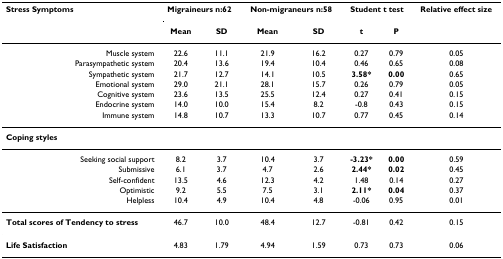
<table><thead><tr><td><b>Stress Symptoms</b></td><td colspan="2"><b>Migraineurs n:62</b></td><td colspan="2"><b>Non-migraneurs n:58</b></td><td colspan="2"><b>Student t test</b></td><td><b>Relative effect size</b></td></tr><tr><td></td><td><b>Mean</b></td><td><b>SD</b></td><td><b>Mean</b></td><td><b>SD</b></td><td><b>t</b></td><td><b>P</b></td><td></td></tr></thead><tbody><tr><td>Muscle system</td><td>22.6</td><td>11.1</td><td>21.9</td><td>16.2</td><td>0.27</td><td>0.79</td><td>0.05</td></tr><tr><td>Parasympathetic system</td><td>20.4</td><td>13.6</td><td>19.4</td><td>10.4</td><td>0.46</td><td>0.65</td><td>0.08</td></tr><tr><td>Sympathetic system</td><td>21.7</td><td>12.7</td><td>14.1</td><td>10.5</td><td><b>3.58*</b></td><td><b>0.00</b></td><td>0.65</td></tr><tr><td>Emotional system</td><td>29.0</td><td>21.1</td><td>28.1</td><td>15.7</td><td>0.26</td><td>0.79</td><td>0.05</td></tr><tr><td>Cognitive system</td><td>23.6</td><td>13.5</td><td>25.5</td><td>12.4</td><td>0.27</td><td>0.41</td><td>0.15</td></tr><tr><td>Endocrine system</td><td>14.0</td><td>10.0</td><td>15.4</td><td>8.2</td><td>-0.8</td><td>0.43</td><td>0.15</td></tr><tr><td>Immune system</td><td>14.8</td><td>10.7</td><td>13.3</td><td>10.7</td><td>0.77</td><td>0.45</td><td>0.14</td></tr><tr><td><b>Coping styles</b></td><td></td><td></td><td></td><td></td><td></td><td></td><td></td></tr><tr><td>Seeking social support</td><td>8.2</td><td>3.7</td><td>10.4</td><td>3.7</td><td><b>-3.23*</b></td><td><b>0.00</b></td><td>0.59</td></tr><tr><td>Submissive</td><td>6.1</td><td>3.7</td><td>4.7</td><td>2.6</td><td><b>2.44*</b></td><td><b>0.02</b></td><td>0.45</td></tr><tr><td>Self-confident</td><td>13.5</td><td>4.6</td><td>12.3</td><td>4.2</td><td>1.48</td><td>0.14</td><td>0.27</td></tr><tr><td>Optimistic</td><td>9.2</td><td>5.5</td><td>7.5</td><td>3.1</td><td><b>2.11*</b></td><td><b>0.04</b></td><td>0.37</td></tr><tr><td>Helpless</td><td>10.4</td><td>4.9</td><td>10.4</td><td>4.8</td><td>-0.06</td><td>0.95</td><td>0.01</td></tr><tr><td><b>Total scores of Tendency to stress</b></td><td>46.7</td><td>10.0</td><td>48.4</td><td>12.7</td><td>-0.81</td><td>0.42</td><td>0.15</td></tr><tr><td><b>Life Satisfaction</b></td><td>4.83</td><td>1.79</td><td>4.94</td><td>1.59</td><td>0.73</td><td>0.73</td><td>0.06</td></tr></tbody></table>